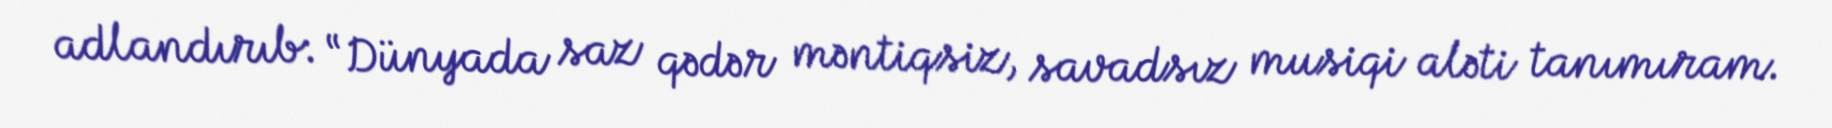
adlandırıb: “Dünyada saz qədər məntiqsiz, savadsız musiqi aləti tanımıram.